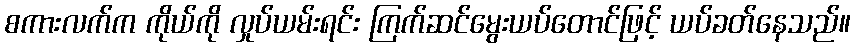
စကားလက်က ကိုယ်ကို လှုပ်ယမ်းရင်း ကြက်ဆင်မွေးယပ်တောင်ဖြင့် ယပ်ခတ်နေသည်။